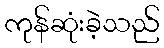
ကုန်ဆုံးခဲ့သည်